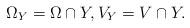
LaTeX: \begin{align*}\Omega_Y = \Omega \cap Y,V_Y = V \cap Y.\end{align*}